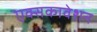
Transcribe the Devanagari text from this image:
एक्सकावेशन